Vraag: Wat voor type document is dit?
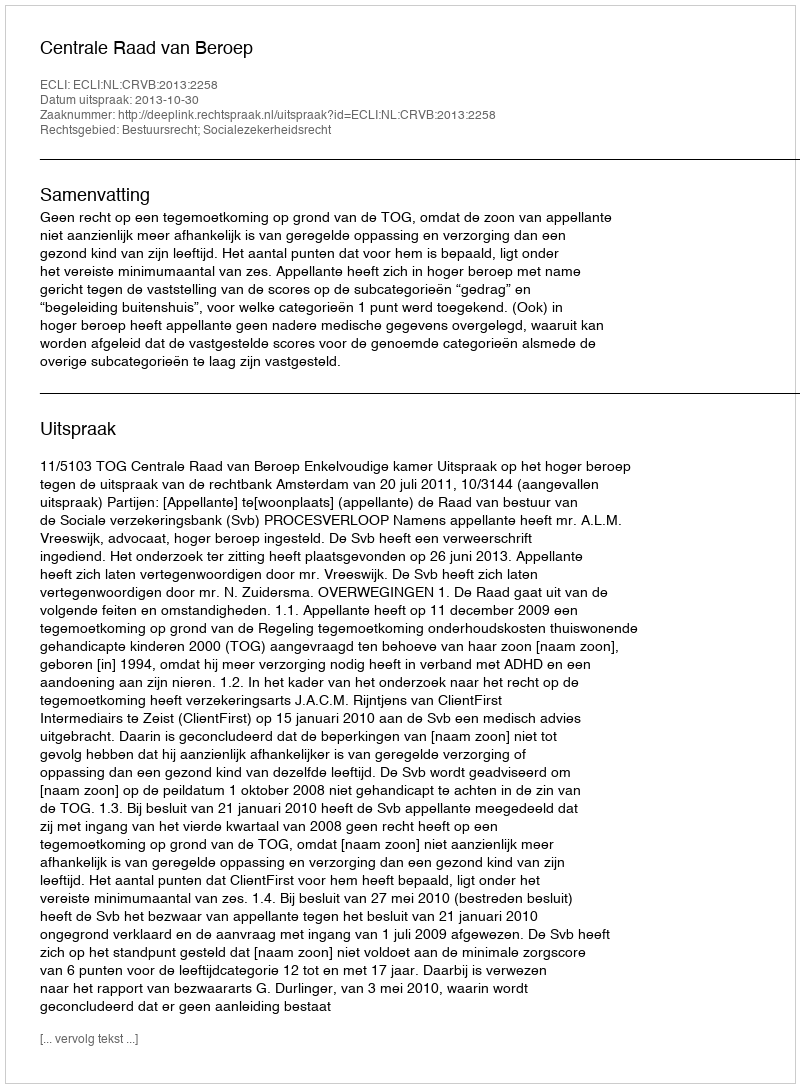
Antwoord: Uitspraak